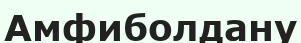
Амфиболдану